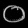
Digit: ၀